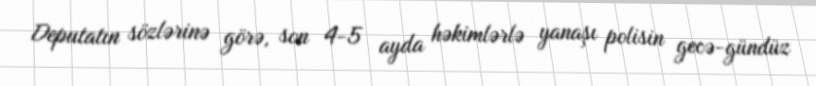
Deputatın sözlərinə görə, son 4-5 ayda həkimlərlə yanaşı polisin gecə-gündüz